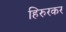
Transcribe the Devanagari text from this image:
हिरुरकर